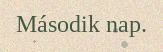
Második nap.